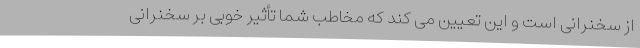
از سخنرانی است و این تعیین می کند که مخاطب شما تأثیر خوبی بر سخنرانی